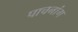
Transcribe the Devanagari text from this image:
पाचनांग